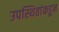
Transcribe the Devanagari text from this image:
उपस्थितांकडून